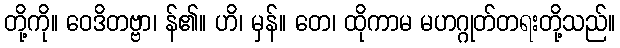
တို့ကို။ ဝေဒိတဗ္ဗာ၊ န်၏။ ဟိ၊ မှန်။ တေ၊ ထိုကာမ မဟဂ္ဂုတ်တရးတို့သည်။